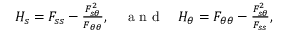
\begin{array} { r } { H _ { s } = F _ { s s } - \frac { F _ { s \theta } ^ { 2 } } { F _ { \theta \theta } } , \quad \mathrm { ~ a ~ n ~ d ~ } \quad H _ { \theta } = F _ { \theta \theta } - \frac { F _ { s \theta } ^ { 2 } } { F _ { s s } } , } \end{array}